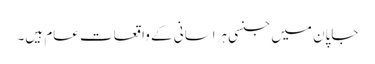
جاپان میں جنسی ہراسانی کے واقعات عام ہیں۔